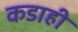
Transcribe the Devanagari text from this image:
कडाही